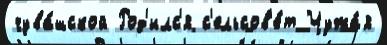
чува́шской Род'илс'я с'ельсов'е́т Чужа́я